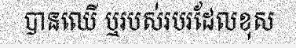
បានឈើ ឬរបស់របរដែលខុស